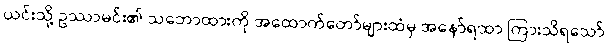
ယင်းသို့ ဥဿာမင်း၏ သဘောထားကို အထောက်တော်များထံမှ အနော်ရထာ ကြားသိရသော်